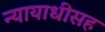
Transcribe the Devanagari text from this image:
न्यायाधीसह